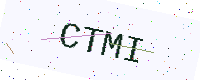
Text: CTMI